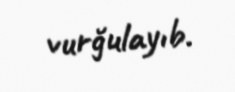
vurğulayıb.